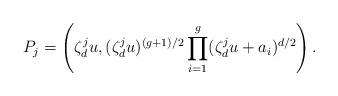
LaTeX: \begin{align*}P_j = \left(\zeta_d^ju , (\zeta_d^ju)^{(g+1)/2}\prod_{i=1}^g(\zeta_d^ju + a_i)^{d/2}\right).\end{align*}